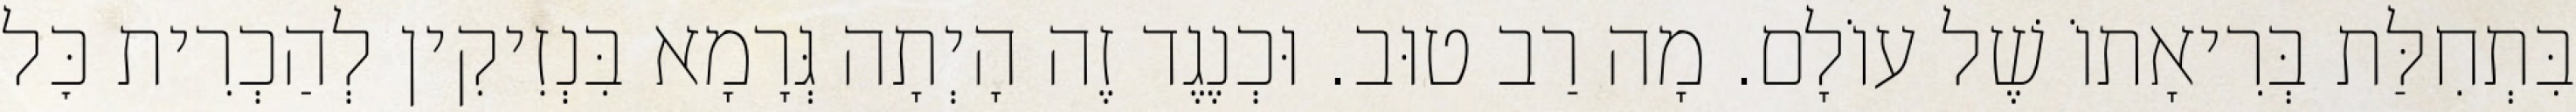
בִּתְחִלַּת בְּרִיאָתוֹ שֶׁל עוֹלָם. מָה רַב טוּב. וּכְנֶגֶד זֶה הָיְתָה גְּרָמָא בִּנְזִיקִין לְהַכְרִית כׇּל